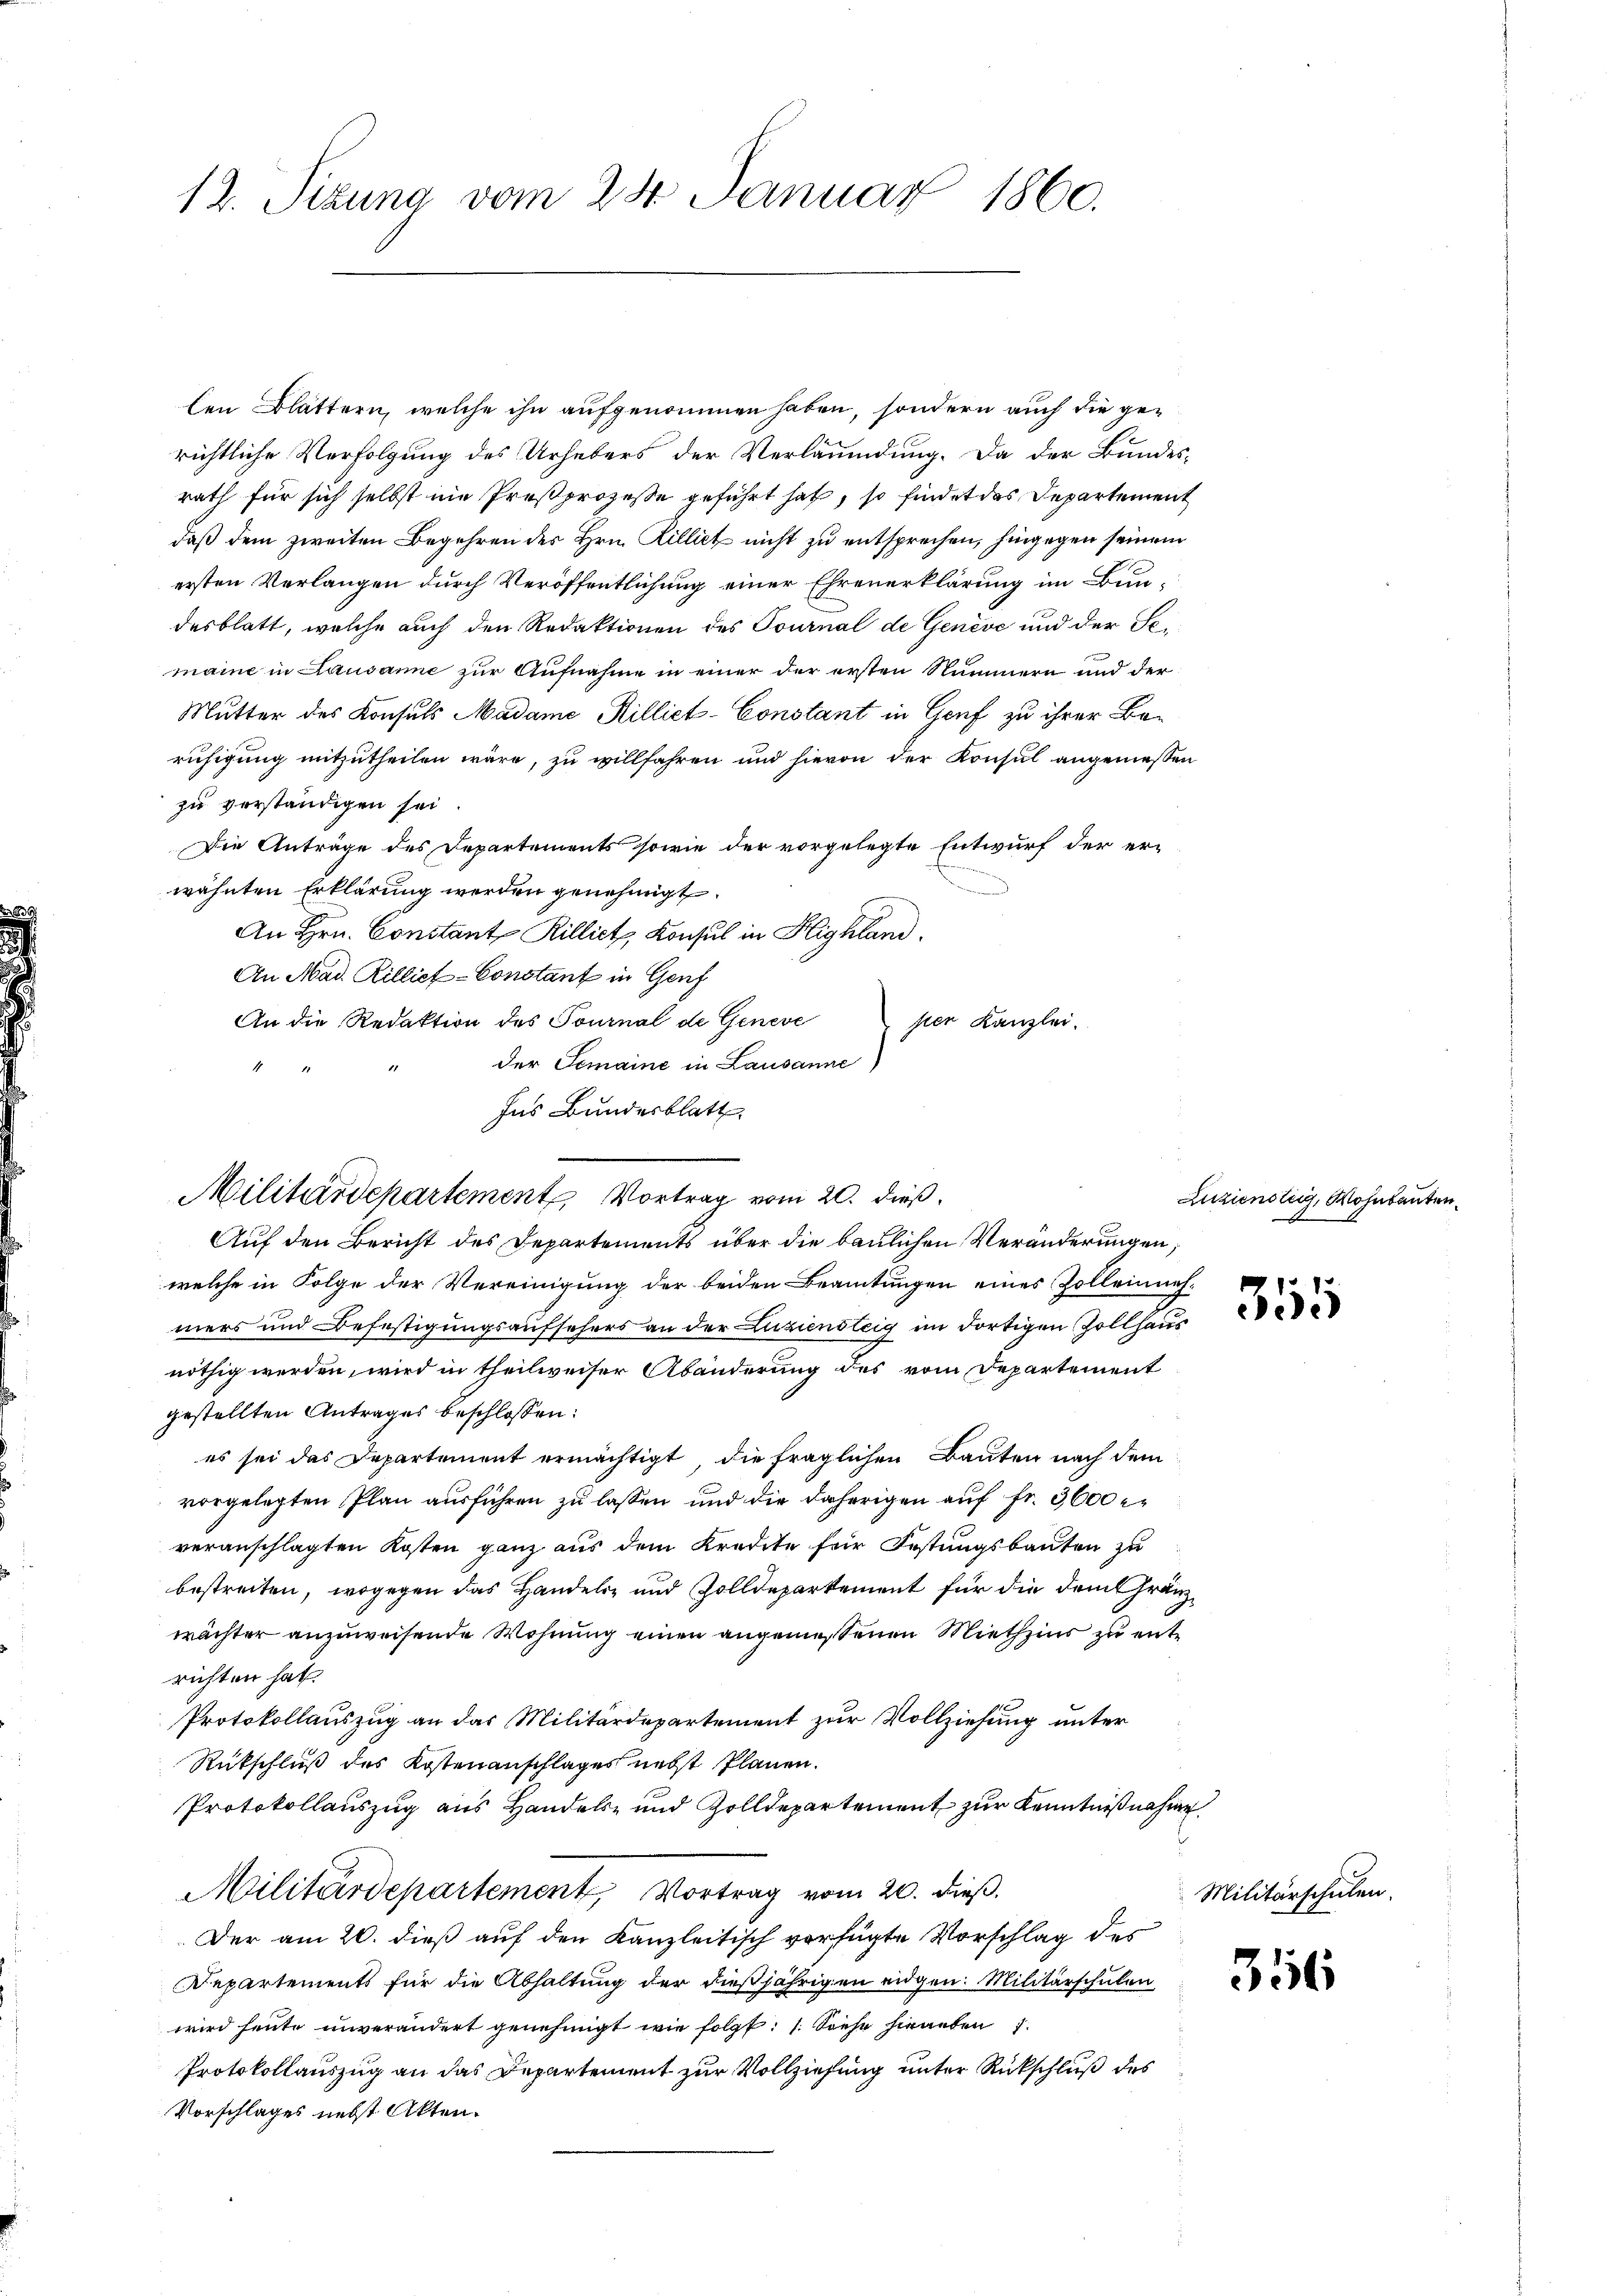
12. Sizung vom 24. Januar 1860.

len Blättern, welche ihn aufgenommen haben, sondern auch die gerichtliche Verfolgung des Urhebers der Verläumdung. Da der Bundesrath für sich selbst nie Proßprozesse geführt hat, so findet das Departement
daß dem zweiten Begehren des Hrn. Cilliet nicht zu entsprechen, hingegen seinem
ersten Verlangen durch Veröffentlichung einer Ehrenerklärung im Bundesblatt, welche auch den Redaktionen des Tournal de Genève und der St.
maine in Lausanne zur Aufnahme in einer der ersten Nummern und der
Mutter des Konsuls Madame Rillict-Constant in Genf zu ihrer Be-
ruhigung mitzutheilen wäre, zu willfahren und hievon der Konsul angeniessen
zu verständigen sei.
Die Anträge des Departements sowie der vorgelegte Entwurf der er-
n
wähnten Erklärung werden genehmigt.
An Hrn. Constant Rilliet, Konsul in Highland.
An Mad. Rillief-Constant in Genf
An die Redaktion des Tournal de Geneve
pier Kanzlei.
der Gemaine in Lausanne
1
Auf den Bericht des Departements über die baulichen Veränderungen,
welche in Folge der Vereinigung der beiden Beamtungen eines Zolleinneh-
mers und Befestigungsaufsehers an der Luziensteig im dortigen Zollhaus
nöthig werden, wird in theilweiser Abänderung des vom Departement
gestellten Antrages beschlossen:
es sei das Departement ermächtigt, die fraglichen Bauten nach dem
vorgelegten Plan ausführen zu lassen und die daherigen auf fr. 3600 r
veranschlagten Kosten ganz aus dem Kredite für Festungsbauten zu
bestreiten, wogegen das Handels- und Zolldepartement für die dem Gränzwächter anzuweisende Wohnung einen angemessenen Miethzins zu entrichten hat.
Protokollauszug an das Militärdepartement zur Vollziehung unter
Rückschluß des Kostenanschlages nebst Plänen.
Protokollauszug aus Handels- und Zolldepartement zur Kenntnißnahme
Militärdepartement, Vortrag vom 20. dieß.
Der am 20. dieß auf den Kanzleitisch verfügte Vorschlag des
Departements für die Abhaltung der dießjährigen eidgen. Militärschulen
wird heute unverändert genehmigt wie folgt: 1. Siehe hieranden
Protokollauszug an das Departement zur Vollziehung unter Rückschluß des
Vorschlages nebst Akten.

Ins Bundesblatt
Militärdepartement Vortrag vom 20. dieß.

Zuziensteig, Wohnbauten.

315

Militärschulen.

356